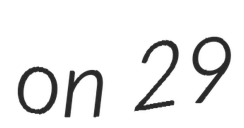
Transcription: on 29